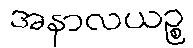
အနာလယဉ္စ